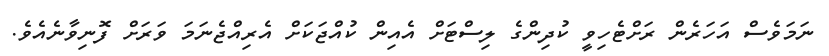
ނަމަވެސް އަހަރެން ރަށްޓެހިވީ ކުދިންގެ ލިސްޓަށް އެއިން ކުއްޖަކަށް އެރިއްޖެނަމަ ވަރަށް ފޮނިވާނެއެވެ.